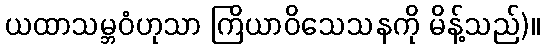
ယထာသမ္ဘဝံဟုသာ ကြိယာဝိသေသနကို မိန့်သည်)။